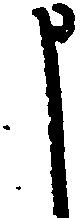
申